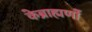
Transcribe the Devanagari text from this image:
केब्राह्मणों